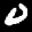
Label: 0